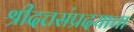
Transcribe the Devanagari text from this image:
श्रीदत्तसंप्रदयाचा